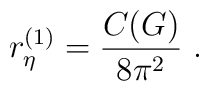
r_{\eta}^ {(1)} =  \frac {C(G)} {8 \pi^2 }  \ .